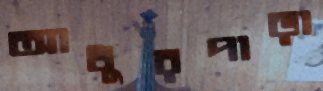
আধুরপাড়া